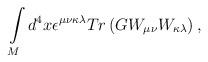
LaTeX: \begin{align*}\int\limits_{M}d^{4}x\epsilon^{\mu\nu\kappa\lambda}Tr\left( GW_{\mu\nu}W_{\kappa\lambda}\right) ,\end{align*}